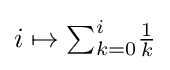
i\mapsto {\textstyle \sum }_{k=0}^{i}{\tfrac {1}{k}}